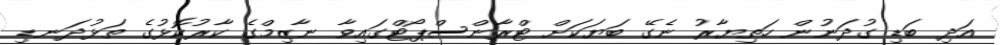
އަދި ބަޑި ގުދަނުން ހަތިޔާރު ނެގޭ ބަޔަކަށް ޓްރާންސްޕޯޓްގައިވާ ނާޒިމްގެ ކާރުކޮޅުގެ ތަޅުދަނޑި